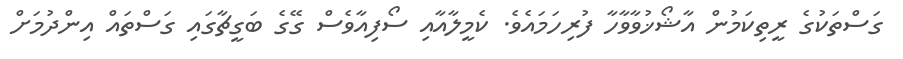
ގަސްތަކުގެ ރީތިކަމުން އާޝޯޚުވާވާހާ ފުރިހަމައެވެ. ކެމީލާއާއި ސޯފިއާވެސް ގޭގެ ބަގީޗާގައި ގަސްތައް އިންދުމަށް